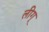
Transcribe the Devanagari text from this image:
लीग्